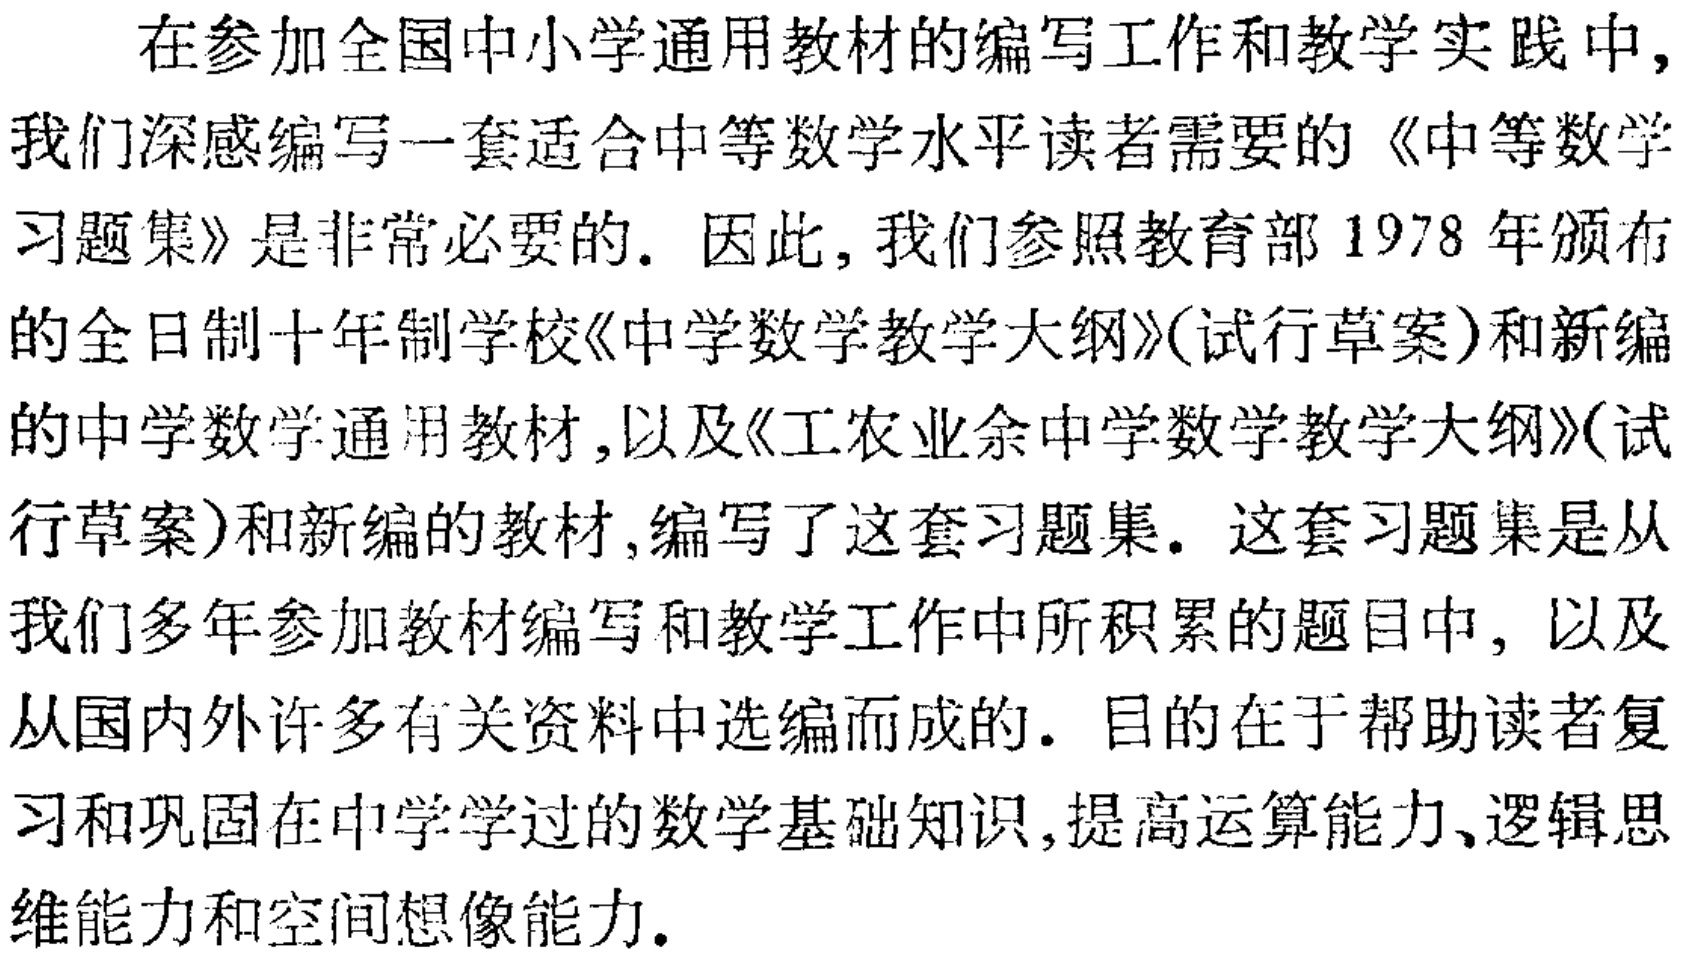
在参加全国中小学通用教材的编写工作和教学实践中,

我们深感编写一套适合中等数学水平读者需要的《中等数学

习题集》是非常必要的. 因此, 我们参照教育部 1978 年颁布

的全日制十年制学校《中学数学教学大纲》(试行草案)和新编

的中学数学通用教材,以及《工农业余中学数学教学大纲》(试

行草案)和新编的教材,编写了这套习题集. 这套习题集是从

我们多年参加教材编写和教学工作中所积累的题目中, 以及

从国内外许多有关资料中选编而成的. 目的在于帮助读者复

习和巩固在中学学过的数学基础知识,提高运算能力、逻辑思

维能力和空间想像能力.